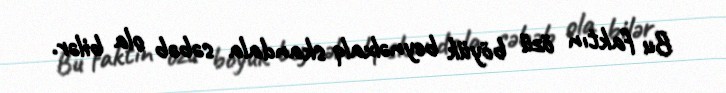
Bu faktın özü böyük beynəlxalq skandala səbəb ola bilər.